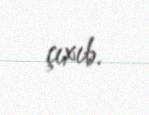
çıxıb.